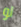
لو